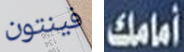
فينتون أمامك